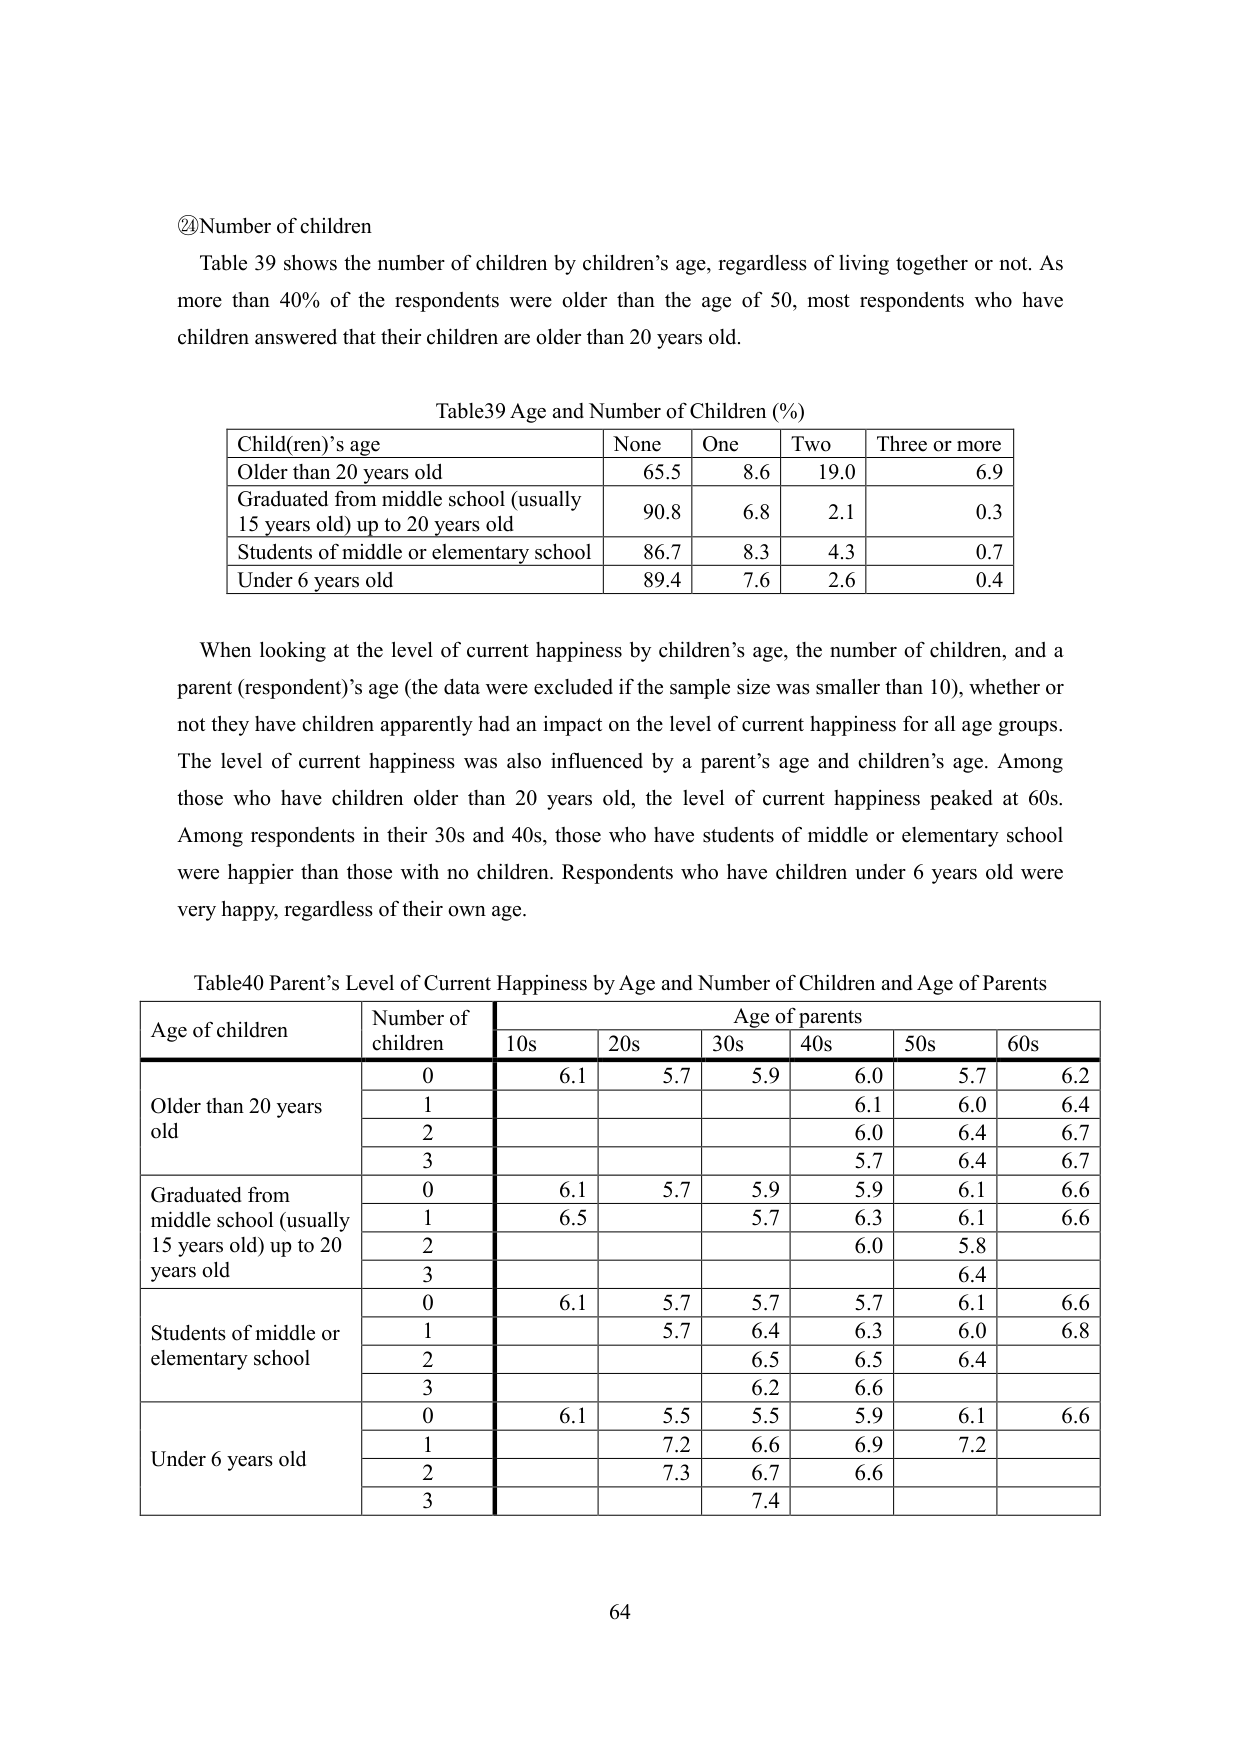
②Number of children
Table 39 shows the number of children by children’s age, regardless of living together or not. As more than 40% of the respondents were older than the age of 50, most respondents who have children answered that their children are older than 20 years old.

Table39 Age and Number of Children (%)
Child(ren)’s age | None | One | Two | Three or more
--- | --- | --- | --- | ---
Older than 20 years old | 65.5 | 8.6 | 19.0 | 6.9
Graduated from middle school (usually 15 years old) up to 20 years old | 90.8 | 6.8 | 2.1 | 0.3
Students of middle or elementary school | 86.7 | 8.3 | 4.3 | 0.7
Under 6 years old | 89.4 | 7.6 | 2.6 | 0.4

When looking at the level of current happiness by children’s age, the number of children, and a parent (respondent)’s age (the data were excluded if the sample size was smaller than 10), whether or not they have children apparently had an impact on the level of current happiness for all age groups. The level of current happiness was also influenced by a parent’s age and children’s age. Among those who have children older than 20 years old, the level of current happiness peaked at 60s. Among respondents in their 30s and 40s, those who have students of middle or elementary school were happier than those with no children. Respondents who have children under 6 years old were very happy, regardless of their own age.

Table40 Parent’s Level of Current Happiness by Age and Number of Children and Age of Parents
Age of children | Number of children | Age of parents
--- | --- | ---
 | | 10s | 20s | 30s | 40s | 50s | 60s
Older than 20 years old | 0 | 6.1 | 5.7 | 5.9 | 6.0 | 5.7 | 6.2
 | 1 | | | | 6.1 | 6.0 | 6.4
 | 2 | | | | 6.0 | 6.4 | 6.7
 | 3 | | | | 5.7 | 6.4 | 6.7
Graduated from middle school (usually 15 years old) up to 20 years old | 0 | 6.1 | 5.7 | 5.9 | 5.9 | 6.1 | 6.6
 | 1 | 6.5 | | 5.7 | 6.3 | 6.1 | 6.6
 | 2 | | | | 6.0 | 5.8 |
 | 3 | | | | | 6.4 |
Students of middle or elementary school | 0 | 6.1 | 5.7 | 5.7 | 5.7 | 6.1 | 6.6
 | 1 | | 5.7 | 6.4 | 6.3 | 6.0 | 6.8
 | 2 | | | 6.5 | 6.5 | 6.4 |
 | 3 | | | 6.2 | 6.6 | |
Under 6 years old | 0 | 6.1 | 5.5 | 5.5 | 5.9 | 6.1 | 6.6
 | 1 | | 7.2 | 6.6 | 6.9 | 7.2 |
 | 2 | | 7.3 | 6.7 | 6.6 | |
 | 3 | | | 7.4 | | |

64